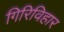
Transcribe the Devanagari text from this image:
गिरिविहार